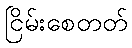
ငြိမ်းစေတတ်